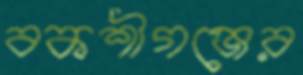
বকশীগঞ্জের